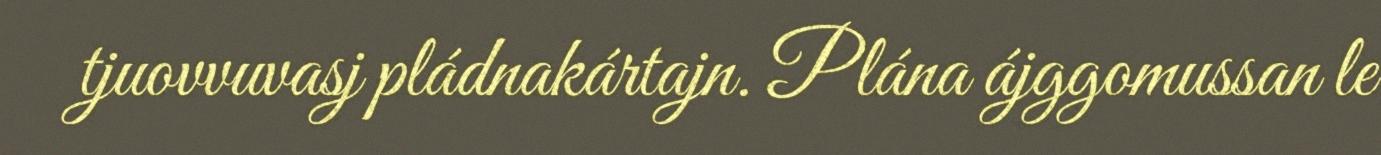
tjuovvuvasj pládnakártajn. Plána ájggomussan le